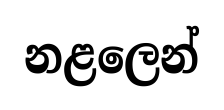
නළලෙන්